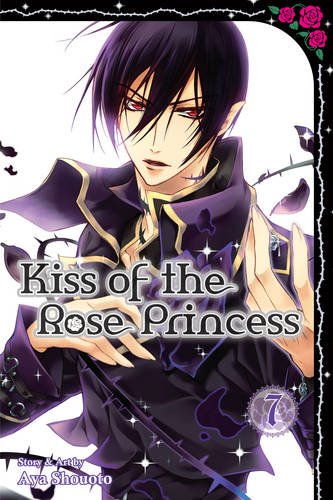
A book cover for Kiss of the Rose Princess, Vol. 7; Aya Shouoto; Comics & Graphic Novels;